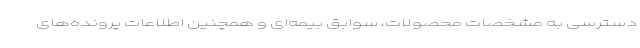
دسترسی به مشخصات محصولات، سوابق بیمه‌ای و همچنین اطلاعات پرونده‌های